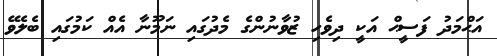
އަޙްމަދު ފަސީޙް އަކީ ދިވެހި ޒުވާނުންގެ މެދުގައި ނަމޫނާ އެއް ކަމުގައި ބެލެވޭ